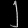
Digit: ၂